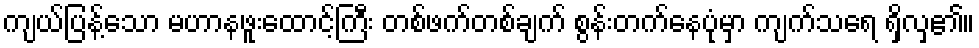
ကျယ်ပြန့်သော မဟာနဖူးထောင့်ကြီး တစ်ဖက်တစ်ချက် စွန်းတက်နေပုံမှာ ကျက်သရေ ရှိလှ၏။